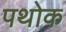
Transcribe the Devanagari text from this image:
पथोक